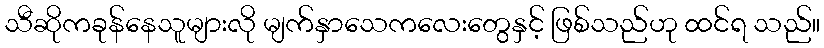
သီဆိုကခုန်နေသူများလို မျက်နှာသေကလေးတွေနှင့် ဖြစ်သည်ဟု ထင်ရ သည်။